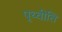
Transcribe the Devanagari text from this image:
पृथ्वीति